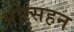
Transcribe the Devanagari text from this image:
प्रोत्सहन